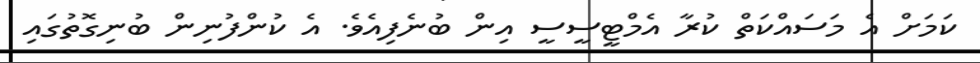
ކަމަށް އެ މަސައްކަތް ކުރާ އެމްޓީސީސީ އިން ބުނެފިއެވެ. އެ ކުންފުނިން ބުނިގޮތުގައި